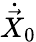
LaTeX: {\dot{\vec{X}}}_{0}